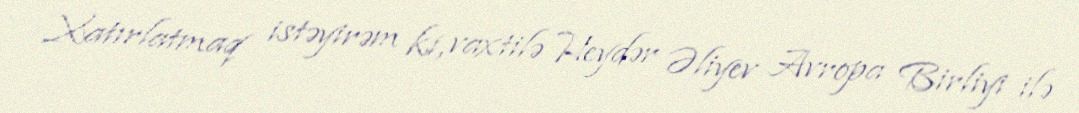
Xatırlatmaq istəyirəm ki, vaxtilə Heydər Əliyev Avropa Birliyi ilə